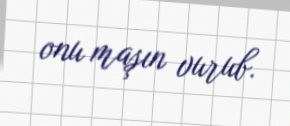
onu maşın vurub.